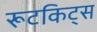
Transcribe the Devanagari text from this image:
रूटकिट्स